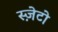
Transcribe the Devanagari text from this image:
स्ज़ेटो